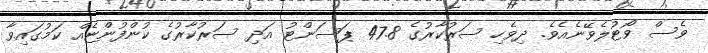
ވެސް ވޯޓުލެވޭނެއެވެ. ދިވެހި ސަރުކާރުގެ 47.8 ޕަސަންޓު އަދި ސަރުކާރުގެ ކުންފުންޏެއް ކަމުގައިވާ